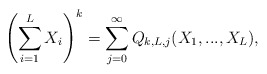
\begin{align*}\left(\sum_{i=1}^L X_i\right)^k=\sum_{j=0}^\infty Q_{k,L,j}(X_1,...,X_L),\end{align*}